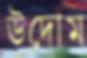
উদোম